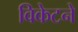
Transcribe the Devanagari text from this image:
विकेटने